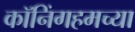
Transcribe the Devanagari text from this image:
कॉनिंगहमच्या